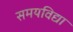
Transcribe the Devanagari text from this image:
समयविद्या